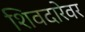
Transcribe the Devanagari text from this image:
शिवदारेवर